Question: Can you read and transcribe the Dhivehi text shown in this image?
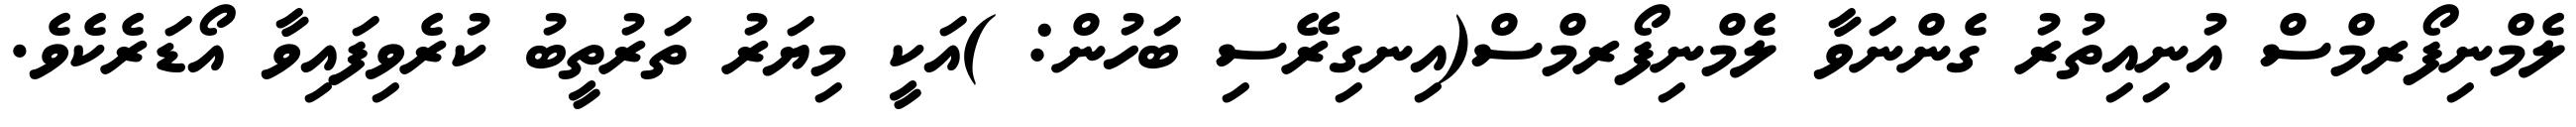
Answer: ލެމްނިފޯރމްސް އުނިއިތުރު ގެންނަވާ ލެމްނިފޯރމްސް(އިނގިރޭސި ބަހުން: )އަކީ މިޔަރު ތަރުތީބު ކުރެވިފައިވާ އޯޑަރެކެވެ.